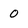
Character: 0